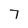
Character: 7